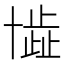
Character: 𠦾